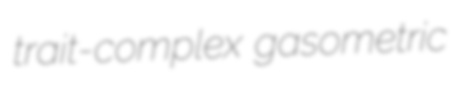
trait-complex gasometric